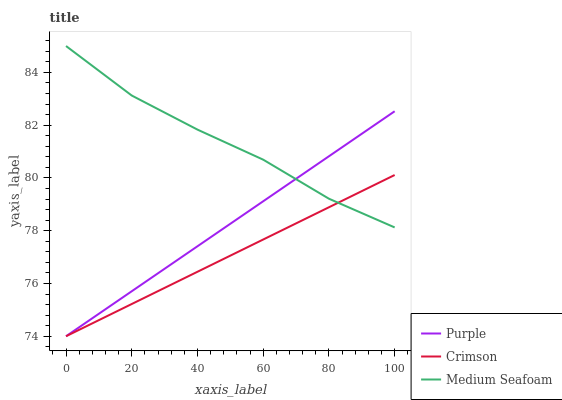
| xaxis_label | Purple | Crimson | Medium Seafoam |
 | --- | --- | --- | --- |
 | 0 | 74 | 74 | 85 |
 | 20 | 75.7 | 75.2 | 83.1 |
 | 40 | 77.4 | 76.4 | 81.8 |
 | 60 | 79.1 | 77.7 | 80.7 |
 | 80 | 80.8 | 78.9 | 79.2 |
 | 100 | 82.5 | 80.1 | 78.1 |